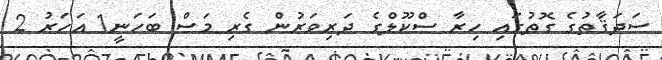
ސަދަޤާތުގެ ގޮތުގައި ހިރާ ސްކޫލްގެ ދަރިވަރުން ގެރި މަސް ބަހަނީ1 އަހަރު 2